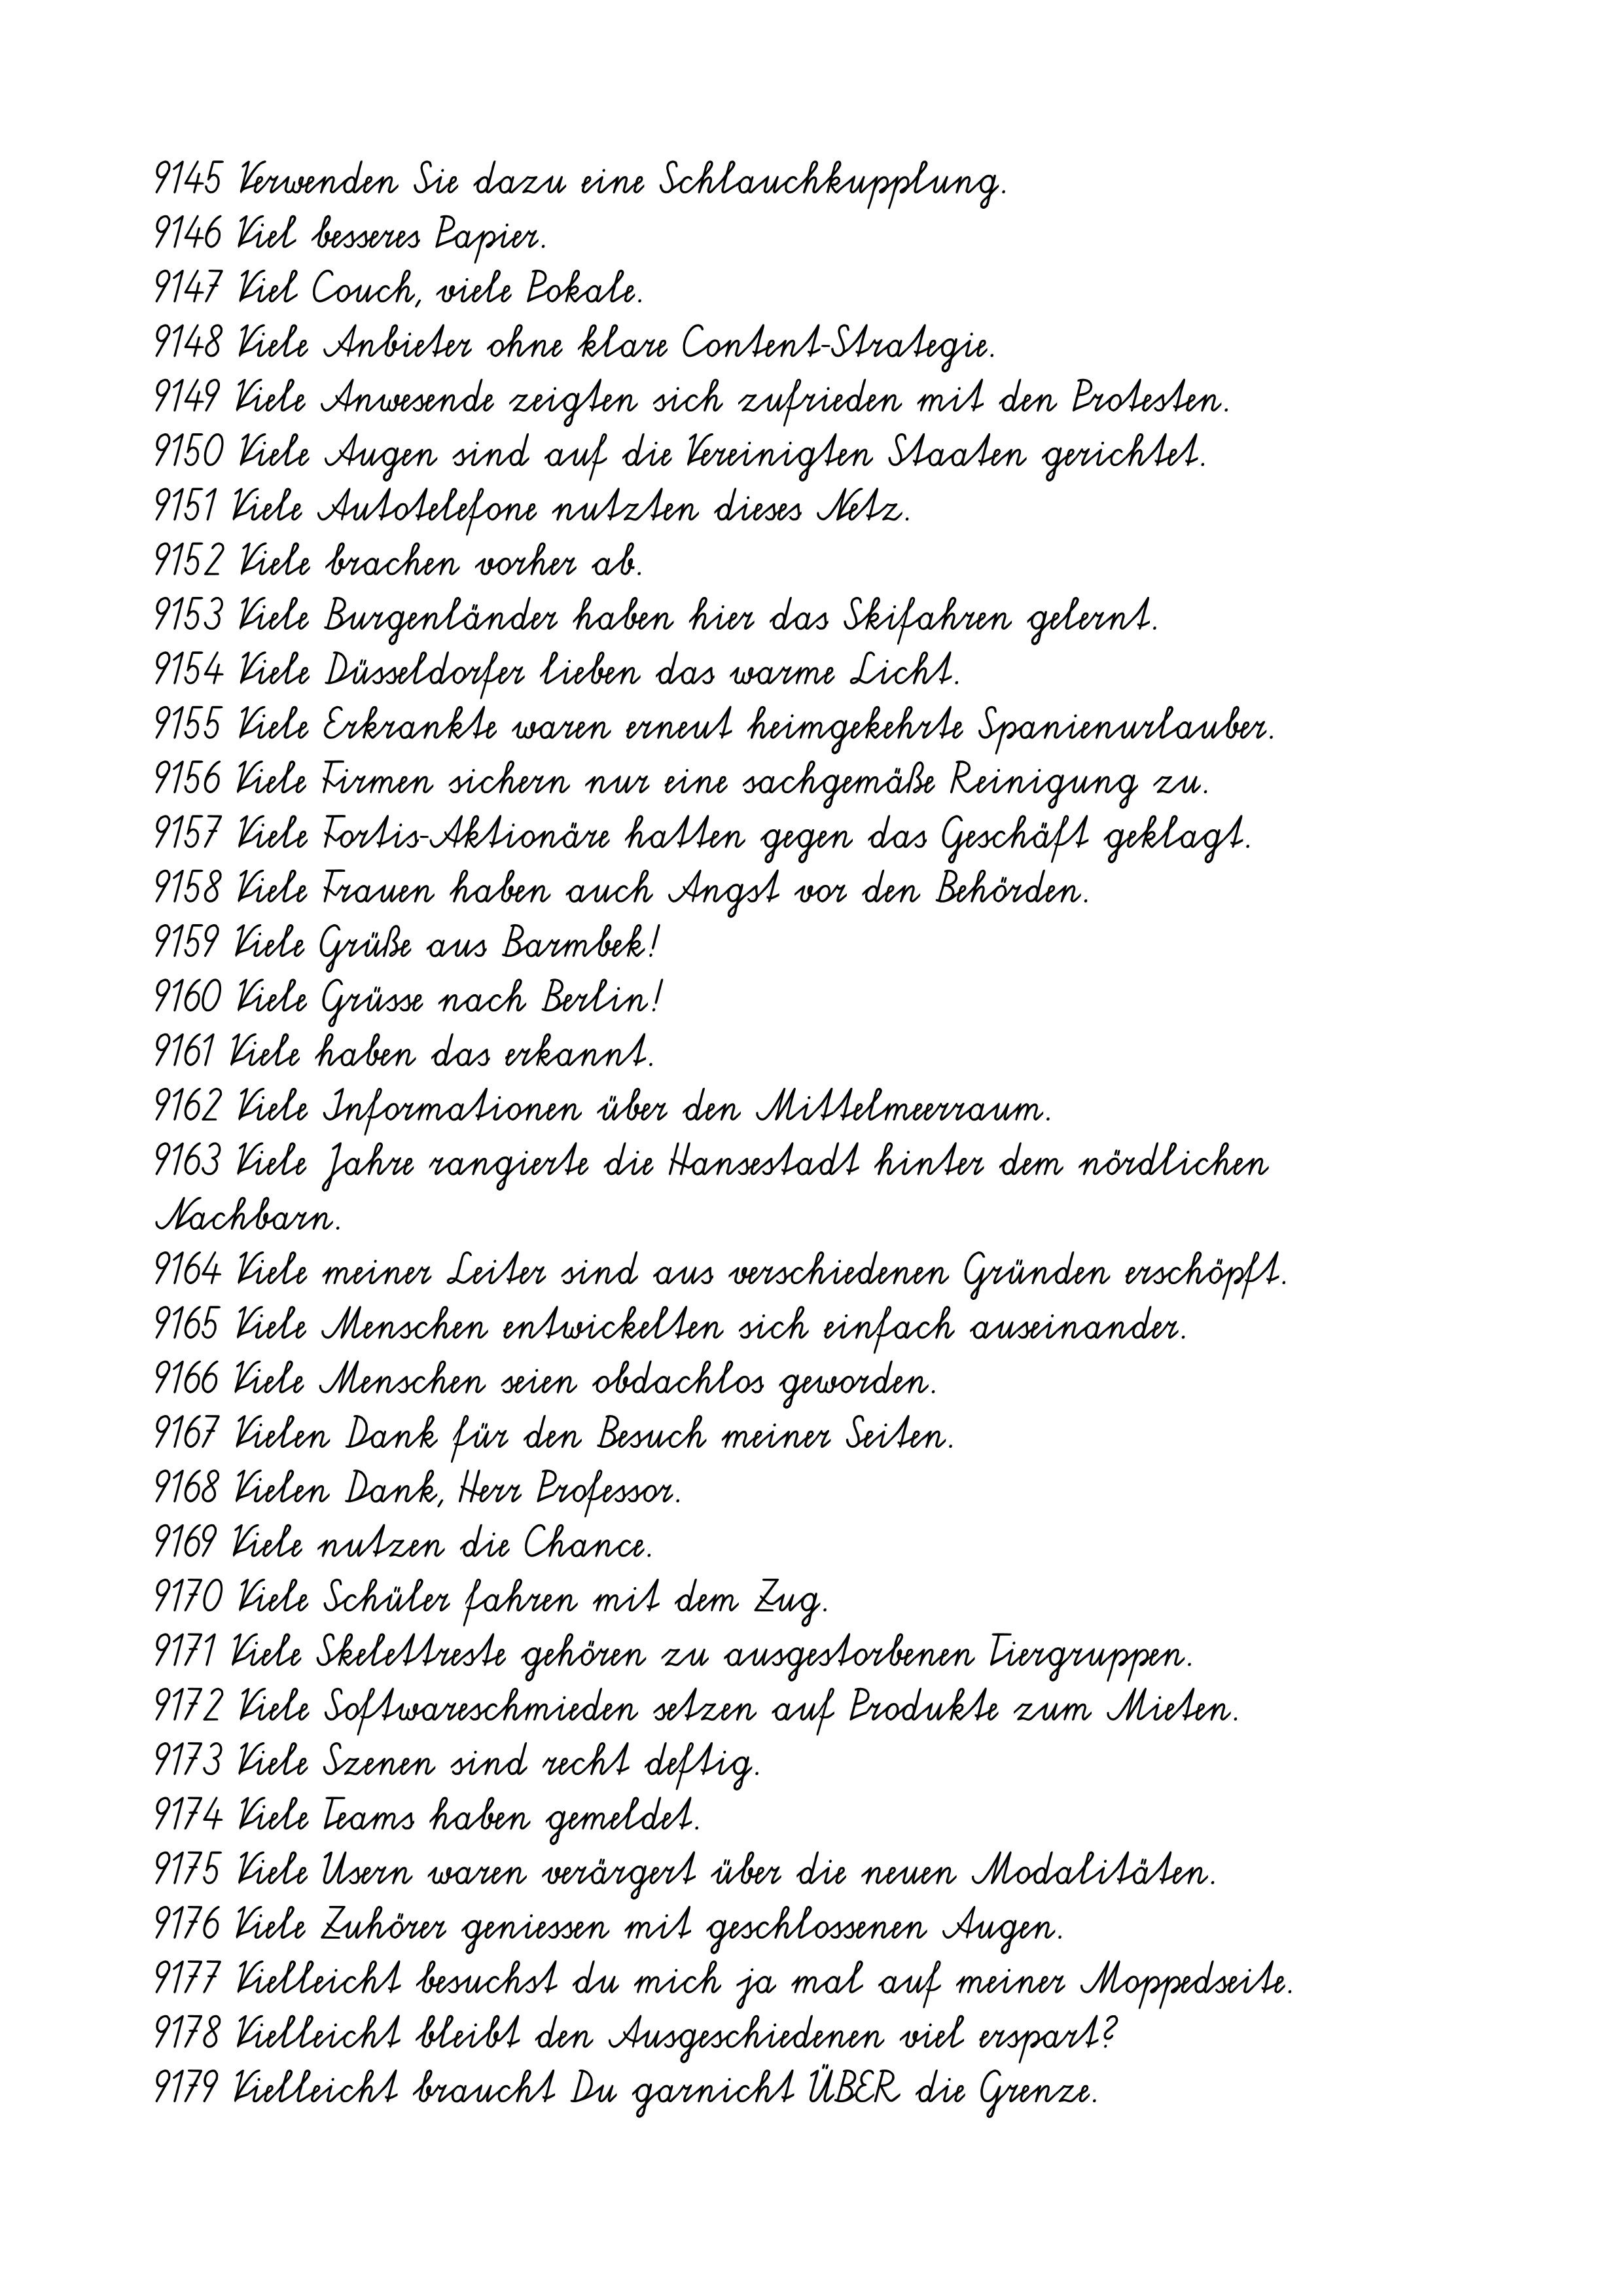
9145 Verwenden Sie dazu eine Schlauchkupplung.
9146 Viel besseres Papier.
9147 Viel Couch, viele Pokale.
9148 Viele Anbieter ohne klare Content-Strategie.
9149 Viele Anwesende zeigten sich zufrieden mit den Protesten.
9150 Viele Augen sind auf die Vereinigten Staaten gerichtet.
9151 Viele Autotelefone nutzten dieses Netz.
9152 Viele brachen vorher ab.
9153 Viele Burgenländer haben hier das Skifahren gelernt.
9154 Viele Düsseldorfer lieben das warme Licht.
9155 Viele Erkrankte waren erneut heimgekehrte Spanienurlauber.
9156 Viele Firmen sichern nur eine sachgemäße Reinigung zu.
9157 Viele Fortis-Aktionäre hatten gegen das Geschäft geklagt.
9158 Viele Frauen haben auch Angst vor den Behörden.
9159 Viele Grüße aus Barmbek!
9160 Viele Grüsse nach Berlin!
9161 Viele haben das erkannt.
9162 Viele Informationen über den Mittelmeerraum.
9163 Viele Jahre rangierte die Hansestadt hinter dem nördlichen
Nachbarn.
9164 Viele meiner Leiter sind aus verschiedenen Gründen erschöpft.
9165 Viele Menschen entwickelten sich einfach auseinander.
9166 Viele Menschen seien obdachlos geworden.
9167 Vielen Dank für den Besuch meiner Seiten.
9168 Vielen Dank, Herr Professor.
9169 Viele nutzen die Chance.
9170 Viele Schüler fahren mit dem Zug.
9171 Viele Skelettreste gehören zu ausgestorbenen Tiergruppen.
9172 Viele Softwareschmieden setzen auf Produkte zum Mieten.
9173 Viele Szenen sind recht deftig.
9174 Viele Teams haben gemeldet.
9175 Viele Usern waren verärgert über die neuen Modalitäten.
9176 Viele Zuhörer geniessen mit geschlossenen Augen.
9177 Vielleicht besuchst du mich ja mal auf meiner Moppedseite.
9178 Vielleicht bleibt den Ausgeschiedenen viel erspart?
9179 Vielleicht braucht Du garnicht ÜBER die Grenze.